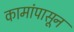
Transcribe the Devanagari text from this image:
कामांपासून